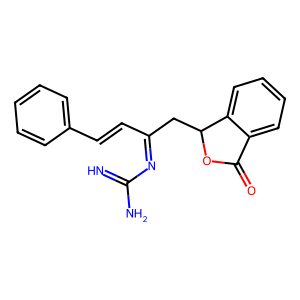
SMILES: N=C(N)N=C(C=Cc1ccccc1)CC1OC(=O)c2ccccc21
Inhibits HIV replication: No